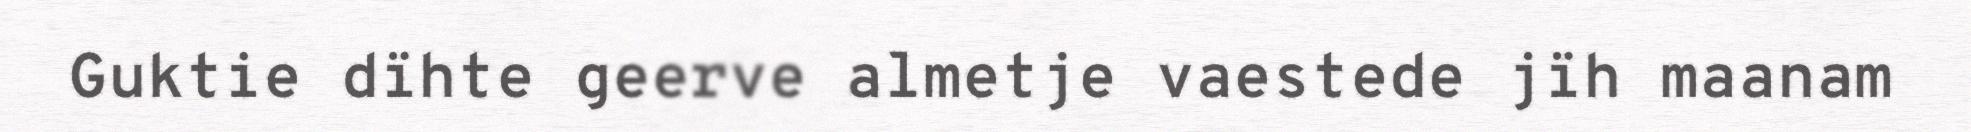
Guktie dïhte geerve almetje vaestede jïh maanam